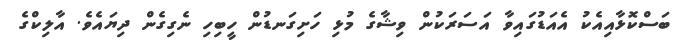
ބަސްކޮޅާއިއެކު އެއަޑުގައިވާ އަސަރަކުން ވިޝާގެ މުޅި ހަށިގަނޑުން ހީބިހި ނެގިގެން ދިޔައެވެ. އާލިކްގެ